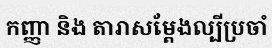
កញ្ញា និង តារាសម្តែងល្បីប្រចាំ